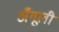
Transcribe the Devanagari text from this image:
अँगूली